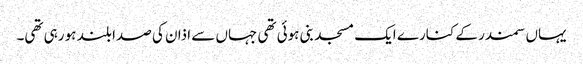
یہاں سمندر کے کنارے ایک مسجد بنی ہوئی تھی جہاں سے اذان کی صدا بلند ہو رہی تھی۔